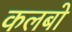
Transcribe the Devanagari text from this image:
कलबो